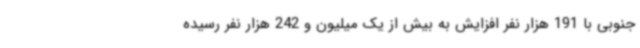
جنوبی با 191 هزار نفر افزایش به بیش از یک میلیون و 242 هزار نفر رسیده